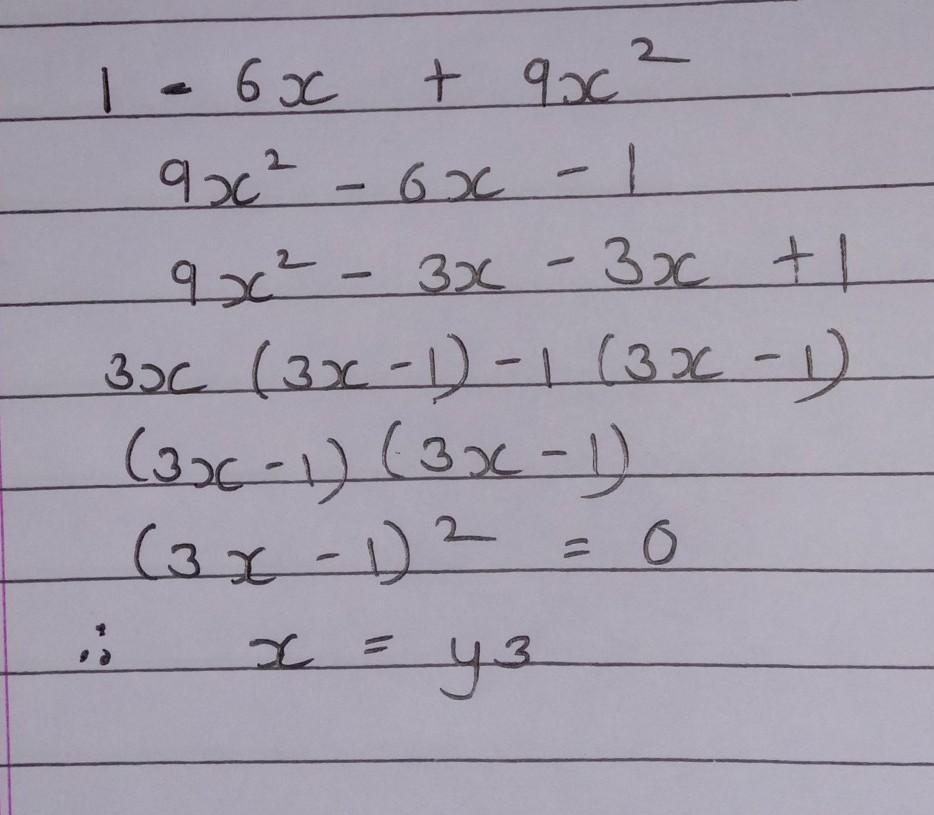
\[
\begin{align*}
&1 - 6x+9x^{2}\\
=&9x^{2}-6x + 1\\
=&9x^{2}-3x-3x + 1\\
=&3x(3x - 1)-1(3x - 1)\\
=&(3x - 1)(3x - 1)\\
=&(3x - 1)^{2}=0\\
\therefore\ &x=\frac{1}{3}
\end{align*}
\]